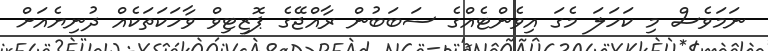
ނަމަވެސް މި ކަހަލަ މެގަ އިވެންޓެއްގެ ސަބަބުން ރާއްޖޭގެ ޕޮޒިޓިވް ވާހަކަތަކެއް ދުނިޔެއަށް